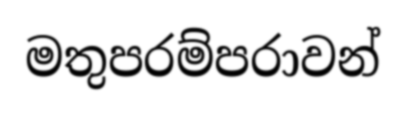
මතුපරම්පරාවන්